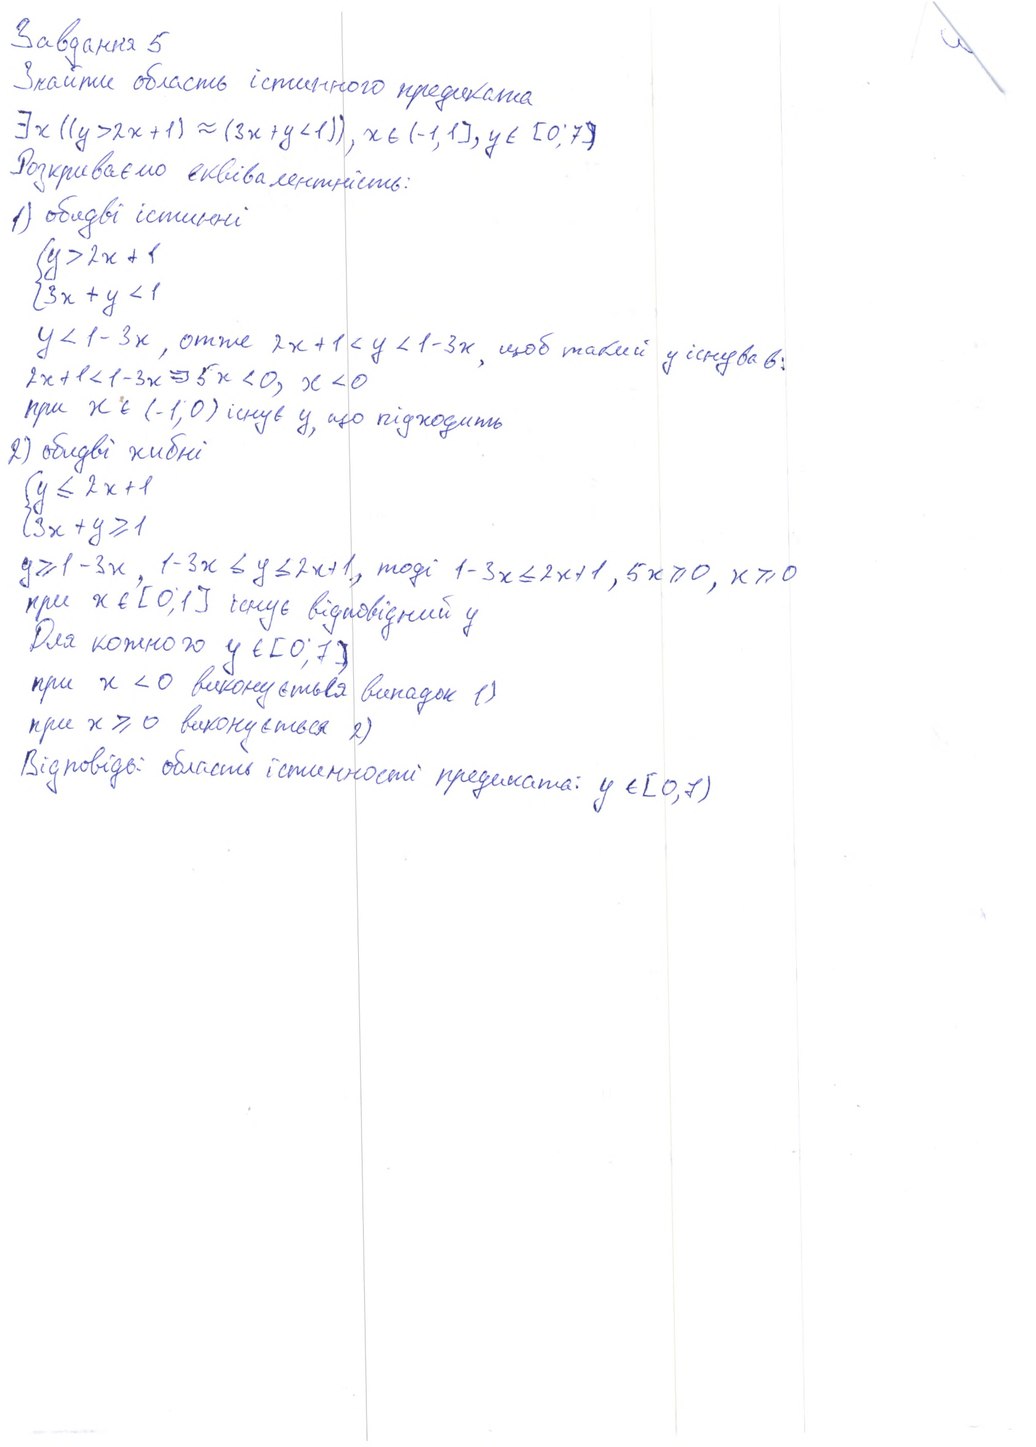
Завдання 5
Знайти область істинного предиката
∃x ((y > 2x + 1) ≈ (3x + y < 1)), x ∈ (-1, 1], y ∈ [0, 7]
Розкриваємо еквівалентність:
1) обидві істинні
{y > 2x + 1
{ 3x + y < 1
y < 1 - 3x, отже 2x + 1 < y < 1 - 3x, щоб такий y існував:
2x + 1 < 1 - 3x => 5x < 0, x < 0
при x ∈ (-1; 0) iснує y, що підходить
2) обидві хибні
{ y ≤ 2x + 1
{ 3x + y ≥ 1
y ≥ 1 - 3x, 1 - 3x ≤ y ≤ 2x + 1, тоді 1 - 3x ≤ 2x + 1, 5x ≥ 0, x ≥ 0
при x ∈ [0; 1] існує відповідний y
Для кожного y ∈ [0; 7]
при x < 0 виконується випадок 1)
при x ≥ 0 виконується 2)
Відповідь: область істинності предиката: y ∈ [0, 7)